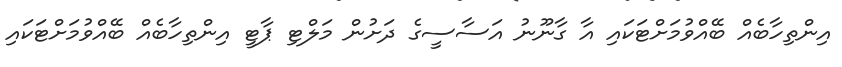
އިންތިހާބެއް ބޭއްވުމަށްޓަކައި އާ ގާނޫނު އަސާސީގެ ދަށުން މަލްޓި ޕާޓީ އިންތިހާބެއް ބޭއްވުމަށްޓަކައި